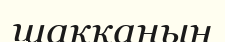
шаққанын